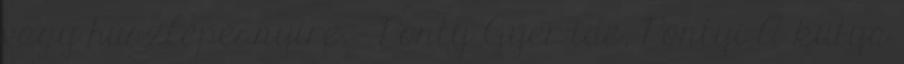
vagy húszlépésnyire. - Ponty Gyer ide, Pontyi A kutya